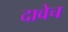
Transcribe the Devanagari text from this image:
दावेच